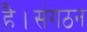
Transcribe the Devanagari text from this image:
है।संगठन